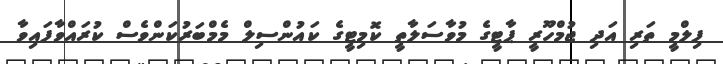
ފިލްމީ ތަރި އަދި ޖުމްހޫރީ ޕާޓީގެ މުވާސަލާތީ ކޮމިޓީގެ ކައުންސިލް މެމްބަރުކަންވެސް ކުރައްވާފައިވާ